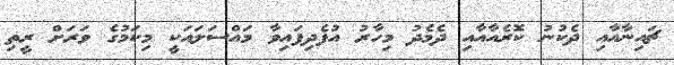
ޗައިނާއާއި ދެކުނު ކޮރެއާއާއި ދެމެދު މިހާރު އުފެދިފައިވާ މައްސަލައަކީ މިކަމުގެ ވަރަށް ރީތި